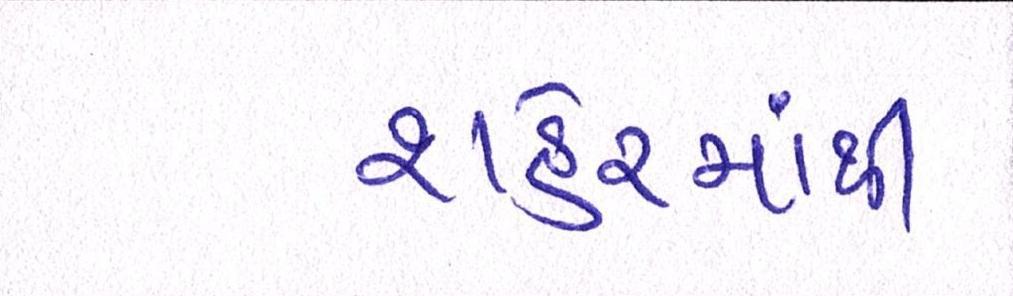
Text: શહેરમાંથી